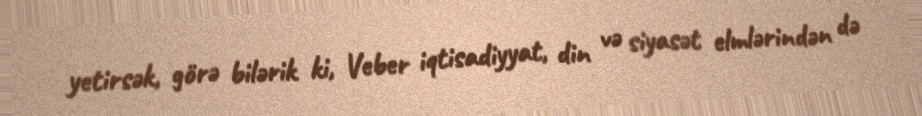
yetirsək, görə bilərik ki, Veber iqtisadiyyat, din və siyasət elmlərindən də